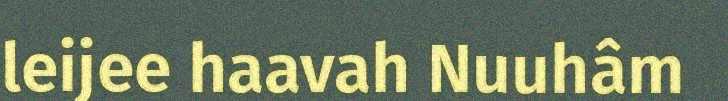
leijee haavah Nuuhâm